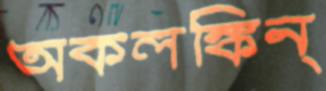
অকলঙ্কিন্